Annual report on the Civil Veterinary Department, Burma (including the Insein Veterinary School) - 1910-1922
Year: 1910
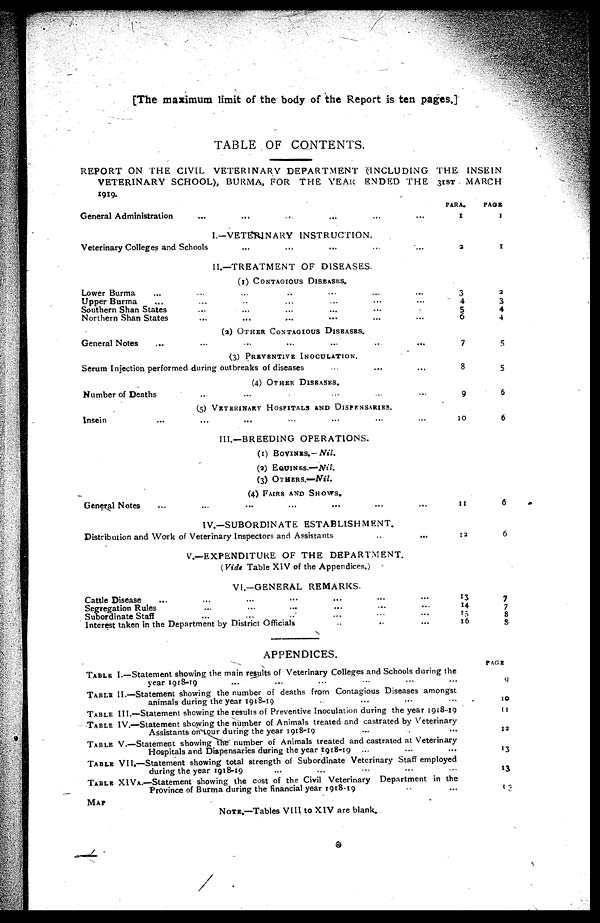
[The maximum limit of the body of the Report is ten pages.]
TABLE OF CONTENTS.
REPORT ON THE CIVIL VETERINARY DEPARTMENT (INCLUDING THE INSEIN
VETERINARY SCHOOL), BURMA, FOR THE YEAR ENDED THE 31ST MARCH
1919.
General Administration ... ... ... ... ... ...
I.—VETERINARY INSTRUCTION.
Veterinary Colleges and Schools ... ... ... ... ...
II.—TREATMENT OF DISEASES.
(1) CONTAGIOUS OF DISEASES.
Lower Burma ... ... ... ... ... ...
Upper Burma ... ... ... ... ... ...
Southern Shan States ... ... ... ... ...
Northern Shan States ... ... ... ... ... ...
(2) OTHER CONTAGIOUS DISEASES.
General Notes ... ... ... ... ...
(3) PREVENTIVE INOCULATION.
Serum Injection performed during outbreaks of diseases ... ... ...
(4) OTHER DISEASES.
Number of Deaths ... ... ... ... ...
(5) VETERINARY HOSPITALS AND DISPENSARIES.
Insein ... ... ... ... ... ...
III.—BREEDING OPERATIONS.
(1) BOVINES.— Nil.
(2) EQUINES.—Nil.
(3) OTHERS.—Nil.
(4) FAIRS AND SHOWS.
General Notes ... ... ... ... ... ... ...
IV.—SUBORDINATE ESTABLISHMENT.
Distribution and Work of Veterinary Inspectors and Assistants ... ... ...
V.—EXPENDITURE OF THE
DEPARTMENT.
(Vide Table XIV of the Appendices.)
VI.—GENERAL REMARKS.
Cattle Disease ... ... ... ... ... ... ...
Segregation Rules ... ... ... ... ... ...
Subordinate Staff ... ... ... ... ... ...
Interest taken in the Department by District Officials ... ... ...
PARA
1
2
3
4
5
6
7
8
9
10
11
12
13
14
15
16
PAGE
1
1
3
3
4
4
5
5
6
6
6
6
7
7
8
8
APPENDICES.
TABLE I.—Statement showing the main results of Veterinary Colleges and Schools during the
year 1918-19 ... ... ... ...
TABLE II.—Statement showing the number of deaths from Contagious Diseases amongst
animals during the year 1918-19 ... ... ... ...
TABLE III.—Statement showing the results of Preventive Inoculation during the year 1918-19
TABLE IV.—Statement showing the number of Animals treated and castrated by Veterinary
Assistants on tour during the year 1918-19 ... ... ...
TABLE V.—Statement showing the number of Animals treated and castrated at Veterinary
Hospitals and Dispensaries during the year 1918-19 ... ... ...
TABLE VII.—Statement showing total strength of Subordinate Veterinary Staff employed
during the year 1918-19 ... ... ...
TABLE XIVA.—Statement showing the cost of the Civil Veterinary Department in the
Province of Burma during the financial year 1918-19 ... ... ...
MAP
NOTE.—Tables VIII to XIV are blank.
PAGE
9
10
11
12
13
13
13